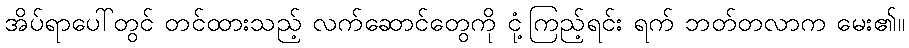
အိပ်ရာပေါ်တွင် တင်ထားသည့် လက်ဆောင်တွေကို ငုံ့ကြည့်ရင်း ရက် ဘတ်တလာက မေး၏။